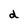
Character: d